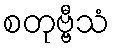
စတုဗ္ဗီသံ